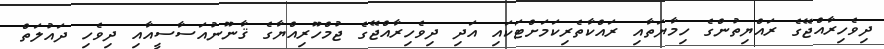
ދިވެހިރާއްޖޭގެ ރައްޔިތުންގެ ހިމާޔަތާއި ރައްކާތެރިކަމަށްޓަކައި އަދި ދިވެހިރާއްޖޭގެ ޖުމްހޫރިއްޔާގެ ޤާނޫނުއަސާސީއާއި ދިވެހި ދައުލަތް